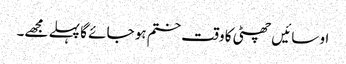
او سائیں چھٹی کا وقت ختم ہو جائے گا پہلے مجھے۔